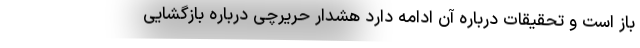
باز است و تحقیقات درباره آن ادامه دارد هشدار حریرچی درباره بازگشایی